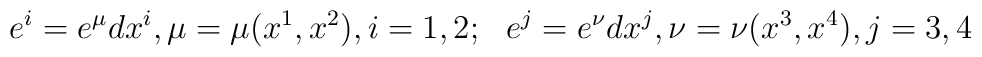
e^{i}=e^{\mu}dx^{i},  \mu=\mu(x^{1},x^{2}), i=1, 2;~~ e^{j}=e^{\nu}dx^{j},  \nu=\nu(x^{3},x^{4}), j=3,4